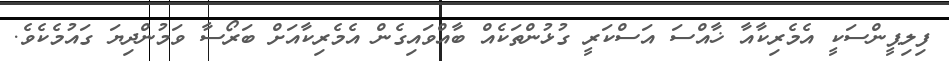
ފިލިޕީންސަކީ އެމެރިކާއާ ޚާއްސަ އަސްކަރީ ގުޅުންތަކެއް ބާއްވައިގެން އެމެރިކާއަށް ބަރޯސާ ވަމުންދިޔަ ގައުމެކެވެ.